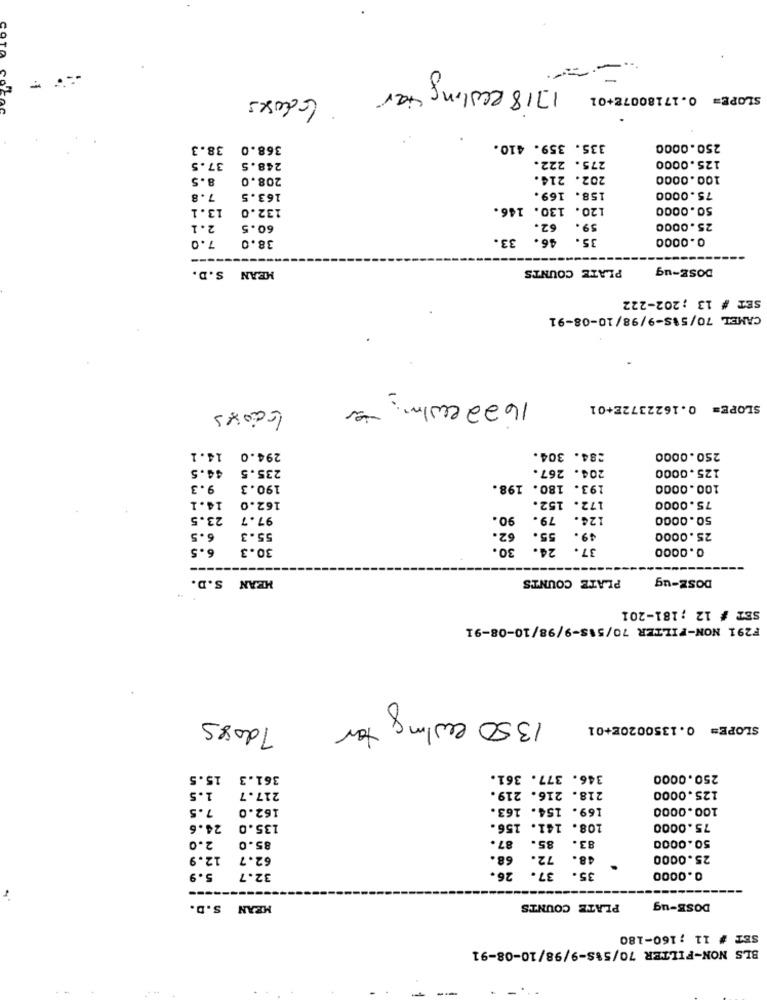
1718 ealing var 6doses
SLOPE= 0.17180072+01
38.3
368.0
335. 359. 410.
250.0000
275. 222.
125.0000
37.5
248.5
8.5
208.0
202. 214.
100.0000
7.8
163.5
158. 169.
75.0000
13.1
132.0
120. 130. 146.
50.0000
2.1
60.5
62.
59.
25.0000
7.0
38.0
46. 33.
35.
0.0000
MEAN S.D.
PLATE COUNTS
DOSE-ug
SET # 13 ; 202-222
CAMEL 70/515-9/98/10-08-91
1622 elmer
licores
SLOPE= 0.1622372E+01
14.1
294.0
284. 304.
250.0000
44.5
235.5
204. 267.
125.0000
9.3
190.3
193. 180. 198.
100.0000
14.1
172. 152.
162.0
75.0000
23.5
97.7
90.
79.
124.
50.0000
62.
6.5
55.3
55.
49.
25.0000
30.3
30.
24.
37.
0.0000
MEAN S.D.
PLATE COUNTS
DOSE-ug
SET # 12 ; 181-201
F291 NON-FILTER 70/515-9/98/10-08-91
1350 ealing for
7 doses
SLOPE= 0.1350020E+01
00
15.5
361.3
346. 377. 361.
250.0000
218. 216. 219.
1.5
217.7
125.0000
7.5
162.0
169. 154. 163.
100.0000
24.6
135.0
141. 156.
108.
75.0000
85.
83.
50.0000
2.0
85.0
87.
12.9
62.7
68.
72.
48.
25.0000
26.
37.
5.9
32.7
35.
0.0000
MEAN S.D.
PLATE COUNTS
DOSE-ug
SET # 11 ; 160-180
BLS NON-FILTER 70/588-9/98/10-08-91